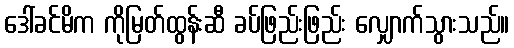
ဒေါ်ခင်မိက ကိုမြတ်ထွန်းဆီ ခပ်ဖြည်းဖြည်း လျှောက်သွားသည်။